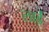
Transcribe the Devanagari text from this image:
लाईं